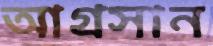
আগ্রসান